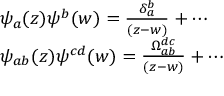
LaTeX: \begin{array} { l } { { \psi _ { a } ( z ) \psi ^ { b } ( w ) = \frac { \delta _ { a } ^ { b } } { ( z - w ) } + \cdots } } \\ { { \psi _ { a b } ( z ) \psi ^ { c d } ( w ) = \frac { \Omega _ { a b } ^ { d c } } { ( z - w ) } + \cdots } } \end{array}